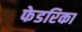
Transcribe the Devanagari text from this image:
फेडरिका